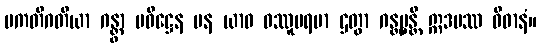
ပကတိဂတိယာ ဂန္တွာ ပဝိဋ္ဌေန ပန ယာဝ ဝဿူပရမာ ဌတွာ ဂန္တဗ္ဗန္တိ ဣဒမဿ ဝိဓာနံ။